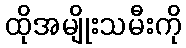
ထိုအမျိုးသမီးကို